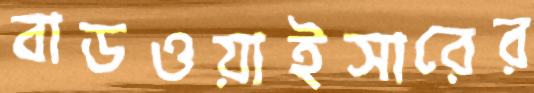
বাডওয়াইসারের